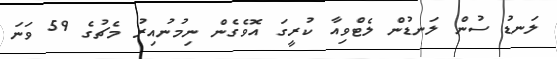
ލަނޑު ސުން ލަނޑުން ލެޓްވިއާ ކުރީގަ އޮވެގެން ނިމުނުއިރު މެޗުގެ 59 ވަނަ